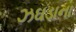
ઝઘડાના